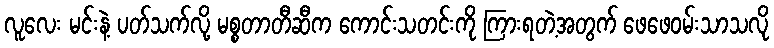
လူလေး မင်းနဲ့ ပတ်သက်လို့ မစ္စတာတီဆီက ကောင်းသတင်းကို ကြားရတဲ့အတွက် ဖေဖေဝမ်းသာသလို